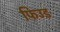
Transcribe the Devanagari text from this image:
फिउड